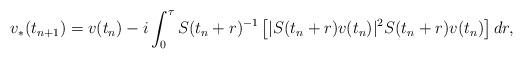
LaTeX: \begin{align*}v_*(t_{n+1}) = v (t_n) -i \int_0^{\tau}S(t_n+r)^{-1}\left [| S(t_n+r)v(t_n) |^2 S(t_n+r)v(t_n)\right] d r,\end{align*}